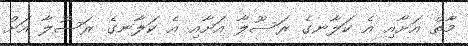
މާތް އަށާއި އެ ކަލާނގެ ރަސޫލާ އަށާއި އެ ކަލާނގެ ރަސޫލާ އަށް